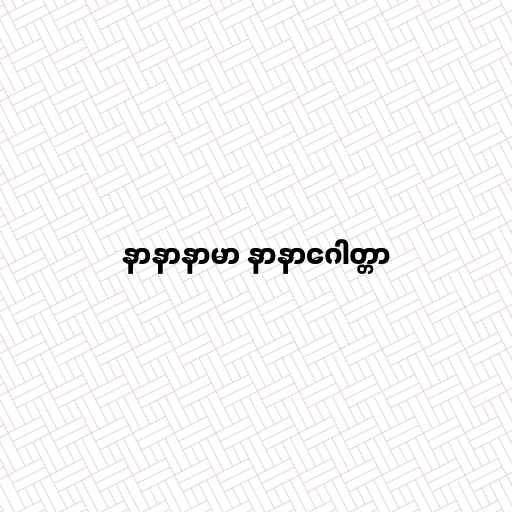
နာနာနာမာ နာနာဂေါတ္တာ